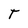
Character: T